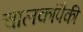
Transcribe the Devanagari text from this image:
चालकांपैकी